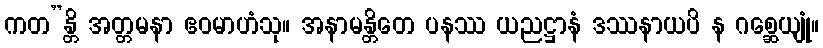
ကတ”န္တိ အတ္တမနာ ဧဝမာဟံသု။ အနာမန္တိတေ ပနဿ ယညဋ္ဌာနံ ဒဿနာယပိ န ဂစ္ဆေယျုံ။